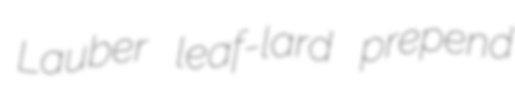
Lauber leaf-lard prepend